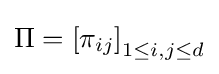
\Pi =\left[\pi _{ij}\right]_{1\leq i,j\leq d}